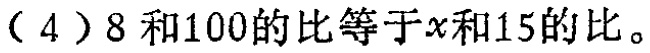
（4）\(8\)和\(100\)的比等于\(x\)和\(15\)的比可表示为：\(8:100 = x:15\)